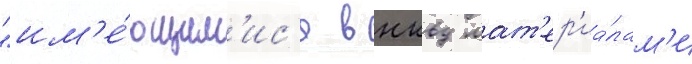
"им'е́ющим'ис'я в нквд мат'ер'иа́лам'и